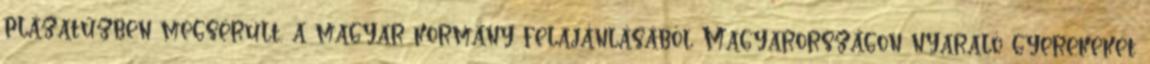
plázatűzben megsérült, a magyar kormány felajánlásából Magyarországon nyaraló gyerekeket